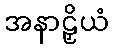
အနာဠှိယံ